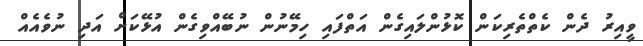
ވީއިރު ދެން ކެތްތެރިކަން ކޮޅުންލައިގެން އަތްފައި ހިމޭނުން ނުބޭއްވިގެން އުޅޭކަށް އަދި ނުވެއެއް